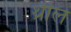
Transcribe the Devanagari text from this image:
थ्रील